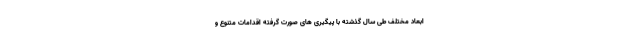
ابعاد مختلف طی سال گذشته با پیگیری های صورت گرفته اقدامات متنوع و